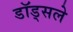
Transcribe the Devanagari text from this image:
डॉड्सले